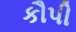
કૌપી